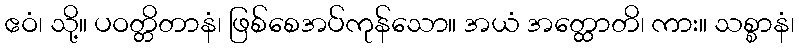
ဧဝံ၊ သို့။ ပဝတ္တိတာနံ၊ ဖြစ်စေအပ်ကုန်သော။ အယံ အတ္ထောတိ၊ ကား။ သစ္စာနံ၊